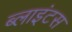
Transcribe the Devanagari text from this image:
ब्लाइंटस